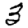
Digit: 3